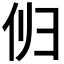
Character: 𫢔